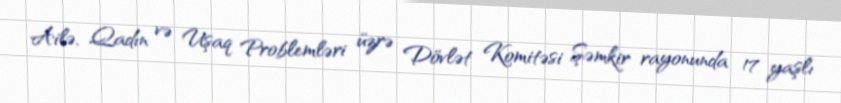
Ailə, Qadın və Uşaq Problemləri üzrə Dövlət Komitəsi Şəmkir rayonunda 17 yaşlı